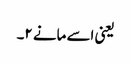
یعنی اسے مانے ۲۔